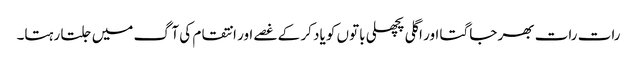
رات رات بھر جاگتا اور اگلی پچھلی باتوں کو یاد کر کے غصے اور انتقام کی آگ میں جلتا رہتا۔